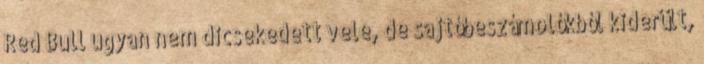
Red Bull ugyan nem dicsekedett vele, de sajtóbeszámolókból kiderült,